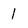
Character: 1